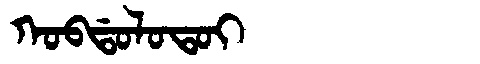
Manchu: ᡴᠣᠪᡩᠣᠯᠣᡨᠣᡳ
Romanization: KOBDOLOTOI